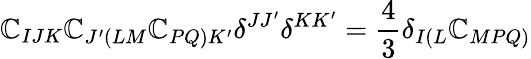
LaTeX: \mathbb{C}_{IJK}\mathbb{C}_{J^{\prime}\left(LM\right.}\mathbb{C}_{\left.PQ\right)K^{\prime}}\delta^{JJ^{\prime}}\delta^{KK^{\prime}}=\frac{{4}}{{3}}\delta_{I\left(L\right.}\mathbb{C}_{\left.MPQ\right)}